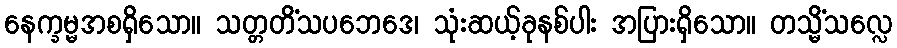
နေက္ခမ္မအစရှိသော။ သတ္တတိံသပဘေဒေ၊ သုံးဆယ့်ခုနစ်ပါး အပြားရှိသော။ တသ္မိံသလ္လေ